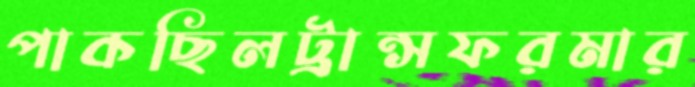
পাকছিলট্রান্সফরমার